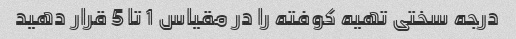
درجه سختی تهیه کوفته را در مقیاس 1 تا 5 قرار دهید